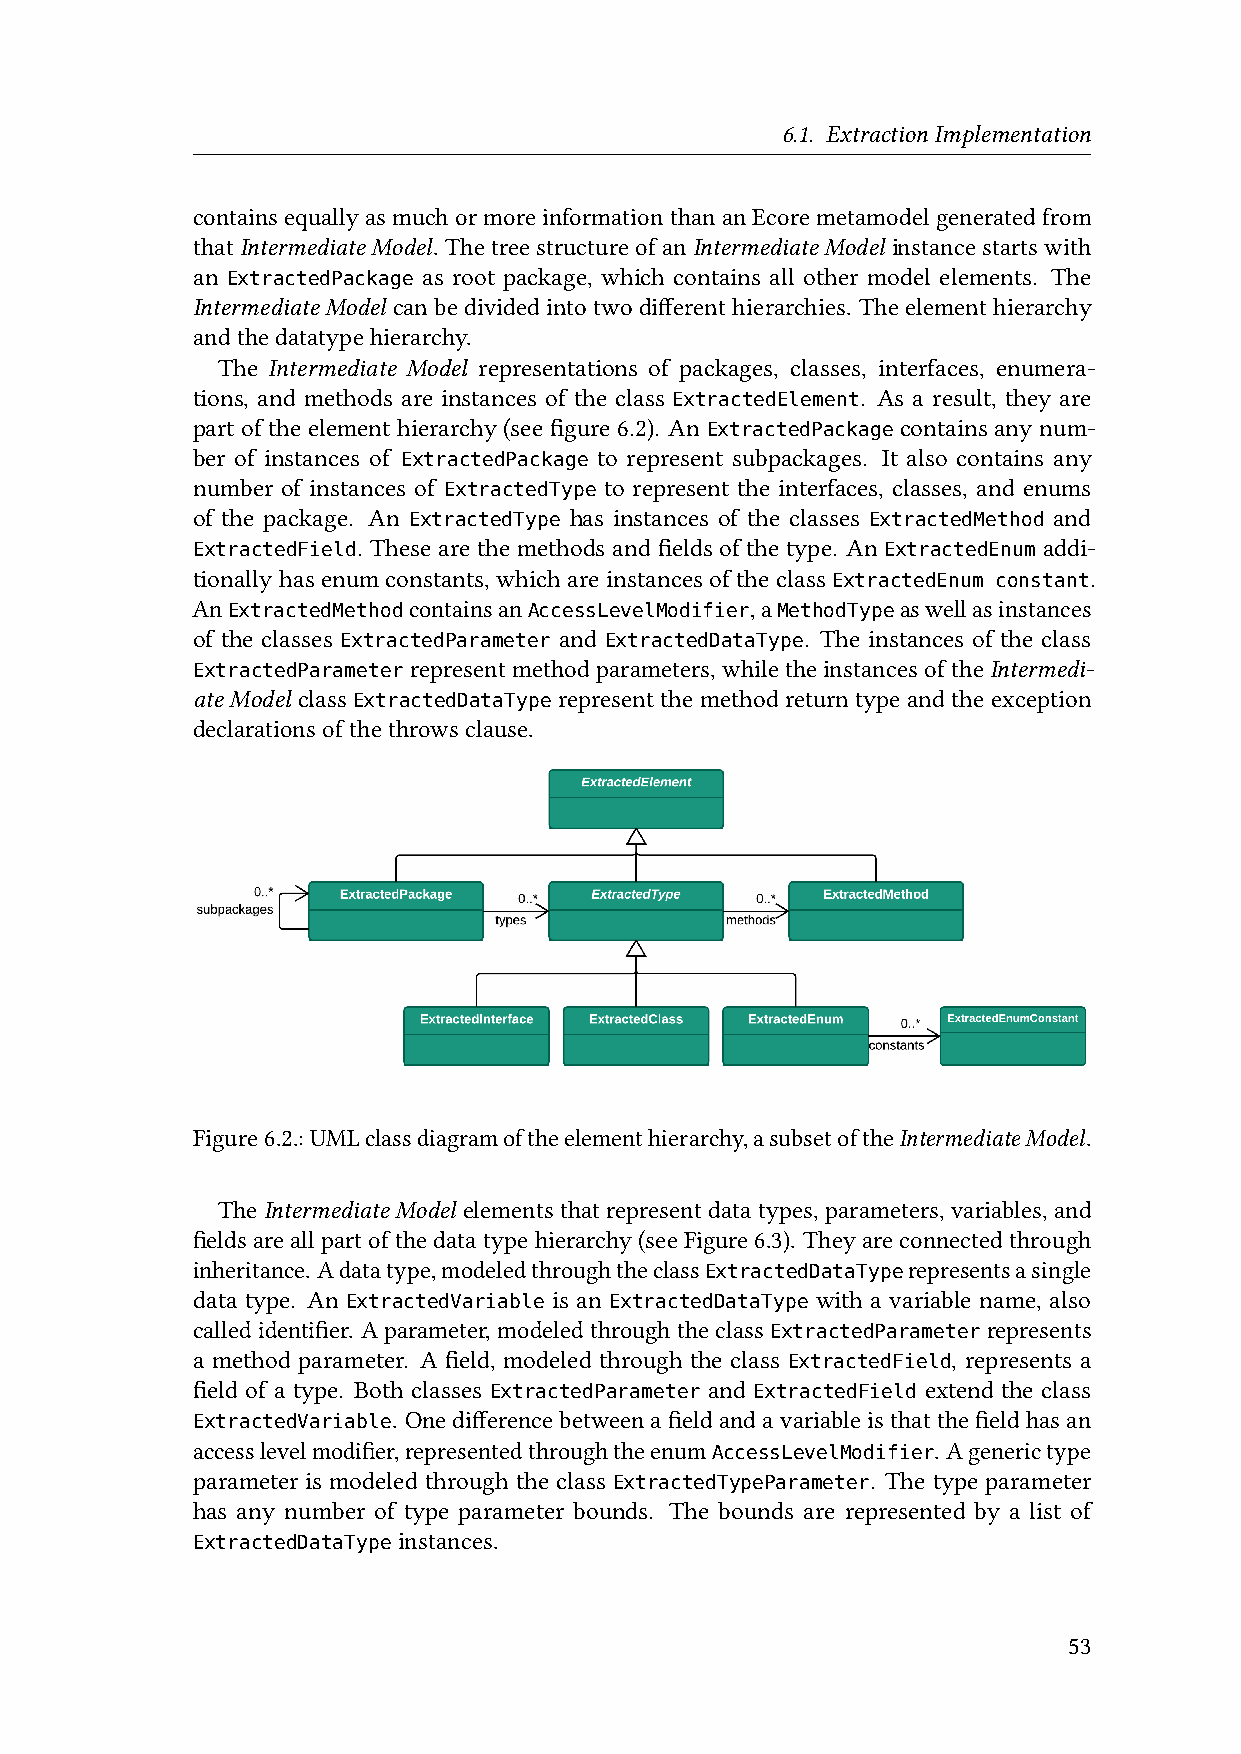
6.1. ExtractionImplementation
 containsequallyasmuchormoreinformationthananEcoremetamodelgeneratedfrom
 thatIntermediateModel. ThetreestructureofanIntermediateModel instancestartswith
 an             as root package, which contains all other model elements. The
 ExtractedPackage
 IntermediateModel canbedividedintotwodifferenthierarchies. Theelementhierarchy
 andthedatatypehierarchy.
 The Intermediate Model representations of packages, classes, interfaces, enumera-
 tions, and methods are instances of the class . As a result, they are
 ExtractedElement
 part of the element hierarchy (see figure 6.2). An contains any num-
 ExtractedPackage
 ber of instances of       to represent subpackages. It also contains any
 ExtractedPackage
 number of instances of     to represent the interfaces, classes, and enums
 ExtractedType
 of the package. An       has instances of the classes    and
 ExtractedType                 ExtractedMethod
 . These are the methods and fields of the type. An addi-
 ExtractedField                               ExtractedEnum
 tionally has enum constants, which are instances of the class .
 ExtractedEnum constant
 An            containsan             ,a        aswellasinstances
 ExtractedMethod     AccessLevelModifier MethodType
 of the classes          and             . The instances of the class
 ExtractedParameter ExtractedDataType
 ExtractedParameterrepresentmethodparameters,whiletheinstancesoftheIntermedi-
 ateModel class ExtractedDataTyperepresentthemethodreturntypeandtheexception
 declarationsofthethrowsclause.
 Figure6.2.:UMLclassdiagramoftheelementhierarchy,asubsetoftheIntermediateModel.
 TheIntermediateModel elementsthatrepresentdatatypes,parameters,variables,and
 fieldsare allpartof thedata typehierarchy(see Figure6.3). They areconnected through
 inheritance. Adatatype,modeledthroughtheclass  representsasingle
 ExtractedDataType
 data type. An           is an            with a variable name, also
 ExtractedVariable ExtractedDataType
 calledidentifier. Aparameter,modeledthroughtheclass represents
 ExtractedParameter
 a method parameter. A field, modeled through the class , represents a
 ExtractedField
 field of a type. Both classes     and           extend the class
 ExtractedParameter ExtractedField
 . Onedifferencebetweenafieldandavariableisthatthefieldhasan
 ExtractedVariable
 accesslevelmodifier,representedthroughtheenum    . Agenerictype
 AccessLevelModifier
 parameter is modeled through the class       . The type parameter
 ExtractedTypeParameter
 has any number of type parameter bounds. The bounds are represented by a list of
 instances.
 ExtractedDataType
 53